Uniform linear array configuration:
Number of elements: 24
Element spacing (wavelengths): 0.25
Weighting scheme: hamming
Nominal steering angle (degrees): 45
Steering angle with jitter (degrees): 45.495
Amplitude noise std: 0.05
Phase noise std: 0.05

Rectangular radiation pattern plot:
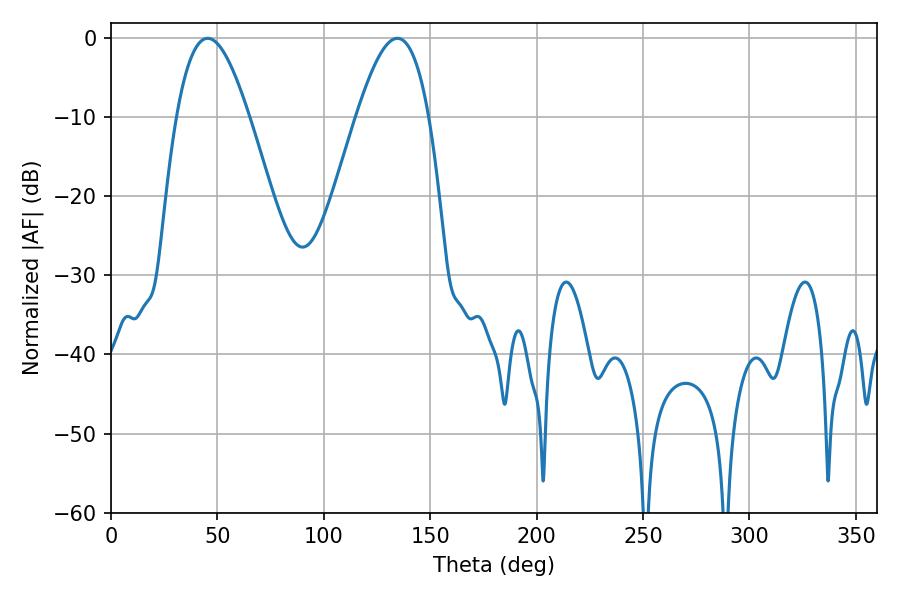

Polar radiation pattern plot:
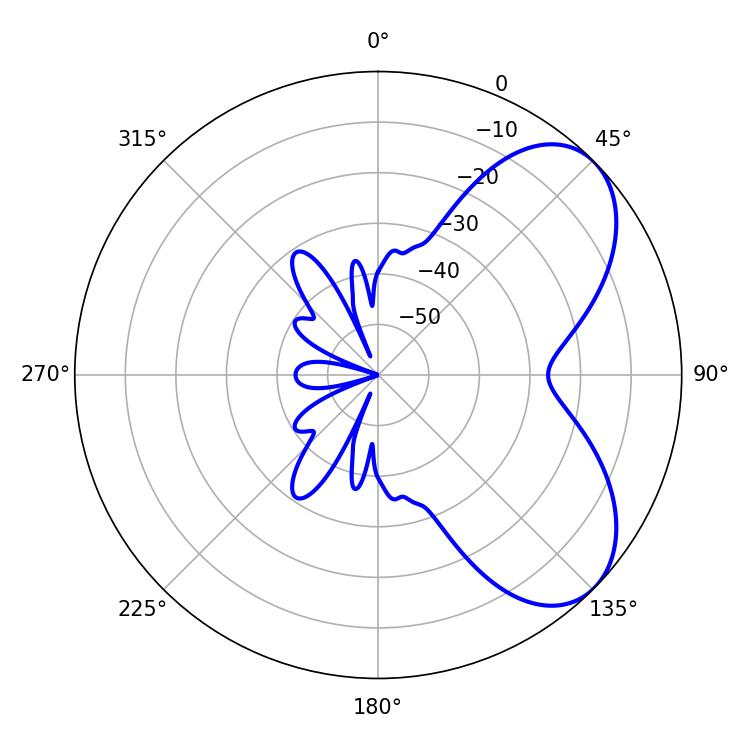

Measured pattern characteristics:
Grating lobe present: FALSE
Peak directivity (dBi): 5.951
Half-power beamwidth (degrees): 18.54
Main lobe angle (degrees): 45.36